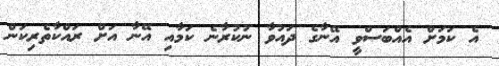
އެ ކަމަށް އެއްބަސްވީ އޭނާގެ ދައުވާ ނުކުރާނެ ކަމާއި އޭނާ އަށް ރައްކާތެރިކަން